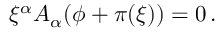
\xi ^ { \alpha } A _ { \alpha } ( \phi + \pi ( \xi ) ) = 0 \, .